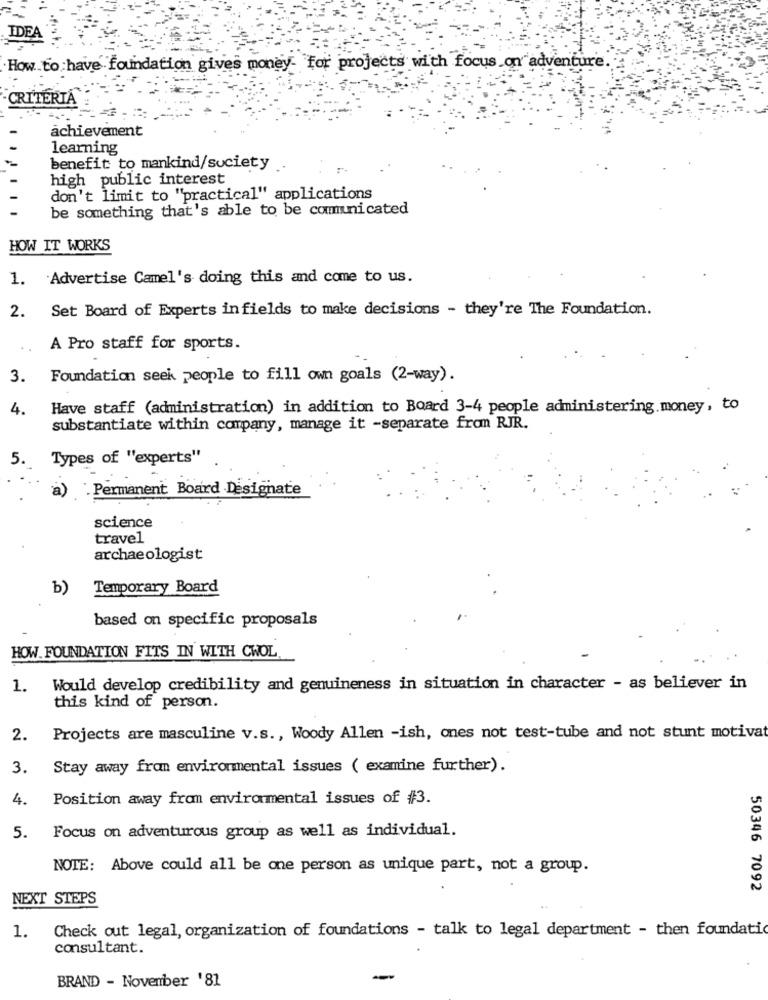
IDEA
How to have foundation gives money for projects with focus on adventure.
CRITERIA
achievement
learning
benefit to mankind/society
high public interest
don't limit to "practical" applications
be something that's able to be communicated
HOW IT WORKS
1. Advertise Camel's doing this and come to us.
Set Board of Experts infields to make decisions - they're The Foundation.
2.
A Pro staff for sports.
3.
Foundation seek people to fill own goals (2-way).
4.
Have staff (administration) in addition to Board 3-4 people administering. money, to
substantiate within company, manage it -separate fromn RJR.
5.
Types of ""experts"
. Permanent Board Designate
science
travel
archaeologist
b)
Temporary Board
based on specific proposals
HOW. FOUNDATION FITS IN WITH CWOL
1.
Would develop credibility and genuineness in situation in character - as believer in
this kind of person.
2.
Projects are masculine v.s ., Woody Allen -ish, ones not test-tube and not stunt motivat
3.
Stay away from environmental issues ( examine further).
4.
Position away from environmental issues of #3.
Focus on adventurous group as well as individual.
5.
NOTE: Above could all be one person as unique part, not a group.
50346 7092
NEXT STEPS
Check out legal, organization of foundations - talk to legal department - then foundati
1.
consultant.
BRAND - November '81
-